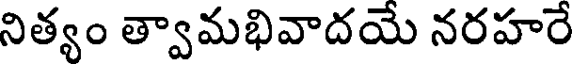
నిత్యం త్వామభివాదయే నరహరే